Scientific memoirs by medical officers of the Army of India - Part III,
Year: 1887
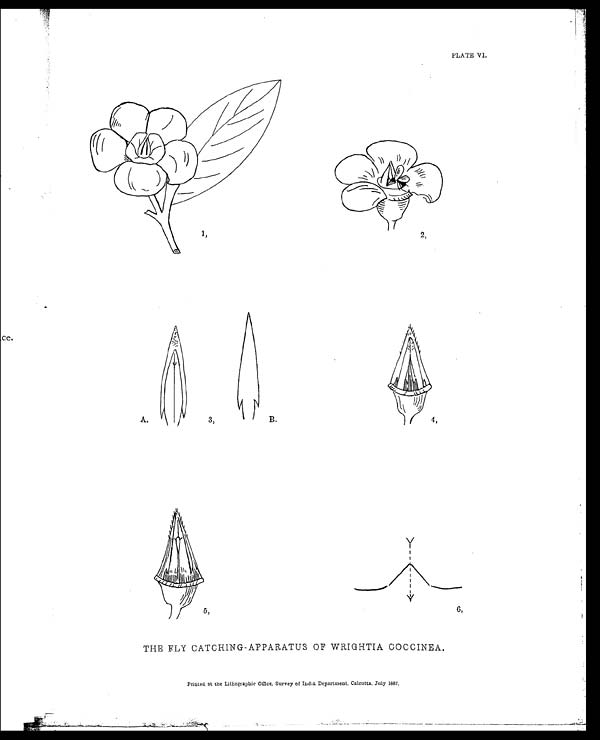
PLATE V I.
THE FLY CATCHING-APPARATUS OF WRIGHTIA COCCINEA.
Printed. at the Lithographic Office, Survey of India Department, Calcutta. July 1887.